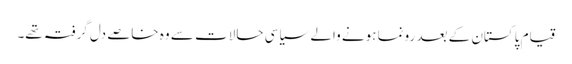
قیام پاکستان کے بعد رونما ہونے والے سیاسی حالات سے وہ خاصے دل گرفتہ تھے۔